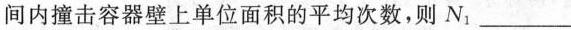
间内撞击容器壁上单位面积的平均次数，则N_{1}___